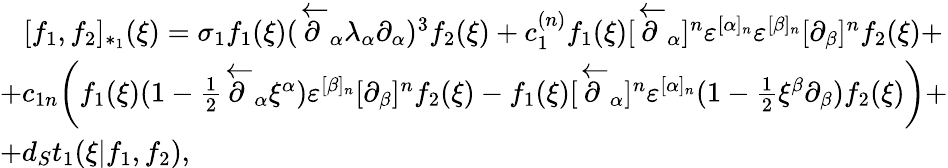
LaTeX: \begin{array}{l}{{\, \, \, \, \, [f_{1},f_{2}]_{*_{1}}(\xi)=\sigma_{1}f_{1}(\xi)(\overleftarrow\partial_{\alpha}\lambda_{\alpha}\partial_{\alpha})^{3}f_{2}(\xi)+c_{1}^{(n)}f_{1}(\xi)[\overleftarrow\partial_{\alpha}]^{n}\varepsilon^{[\alpha]_{n}}\varepsilon^{[\beta]_{n}}[\partial_{\beta}]^{n}f_{2}(\xi)+}}\\ {{+c_{1n}\biggl(f_{1}(\xi)(1-{\frac{1}{2}}\overleftarrow\partial_{\alpha}\xi^{\alpha})\varepsilon^{[\beta]_{n}}[\partial_{\beta}]^{n}f_{2}(\xi)-f_{1}(\xi)[\overleftarrow\partial_{\alpha}]^{n}\varepsilon^{[\alpha]_{n}}(1-{\frac{1}{2}}\xi^{\beta}\partial_{\beta})f_{2}(\xi)\biggr)+}}\\ {{+d_{S}t_{1}(\xi|f_{1},f_{2}),}}\end{array}